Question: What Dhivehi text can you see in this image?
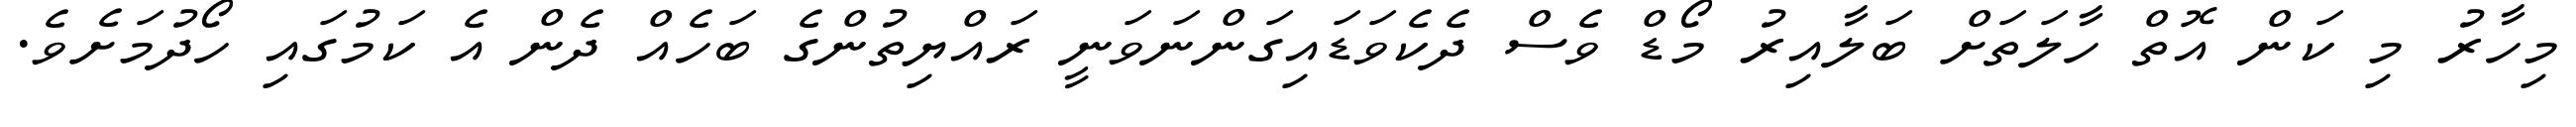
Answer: މިހާރު މި ކަން އޮތް ހާލަތަށް ބަލާއިރު މޯޑް ވެސް ދެކެވަޑައިގަންނަވަނީ ރައްޔިތުންގެ ބަހެއް ދެން އެ ކަމުގައި ހޯދުމަށެވެ.